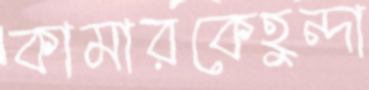
কামারকেহুন্দা